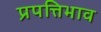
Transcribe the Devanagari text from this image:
प्रपत्तिभाव